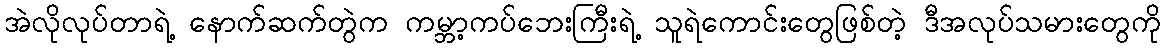
အဲလိုလုပ်တာရဲ့ နောက်ဆက်တွဲက ကမ္ဘာ့ကပ်ဘေးကြီးရဲ့ သူရဲကောင်းတွေဖြစ်တဲ့ ဒီအလုပ်သမားတွေကို